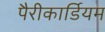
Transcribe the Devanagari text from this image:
पैरीकार्डियम